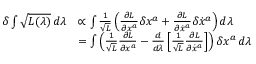
\begin{array} { r l } { \delta \int \sqrt { L ( \lambda ) } \, d \lambda } & { \propto \int \frac { 1 } { \sqrt { L } } \left( \frac { \partial L } { \partial x ^ { a } } \delta x ^ { a } + \frac { \partial L } { \partial \dot { x } ^ { a } } \delta \dot { x } ^ { a } \right) d \lambda } \\ & { = \int \left( \frac { 1 } { \sqrt { L } } \frac { \partial L } { \partial x ^ { a } } - \frac { d } { d \lambda } \left[ \frac { 1 } { \sqrt { L } } \frac { \partial L } { \partial \dot { x } ^ { a } } \right] \right) \delta x ^ { a } \, d \lambda } \end{array}